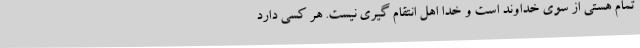
تمام هستی از سوی خداوند است و خدا اهل انتقام گیری نیست. هر کسی دارد